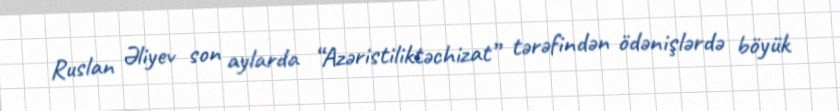
Ruslan Əliyev son aylarda “Azəristiliktəchizat” tərəfindən ödənişlərdə böyük